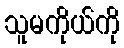
သူမကိုယ်ကို